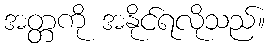
အတ္တကို အနိုင်ရလိုသည်။